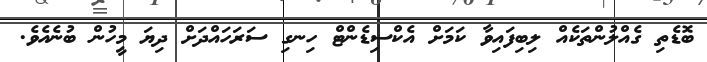
ބޮޑެތި ގެއްލުންތަކެއް ލިބިފައިވާ ކަމަށް އެކްސިޑެންޓް ހިނގި ސަރަހައްދަށް ދިޔަ މީހުން ބުނެއެވެ.